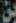
بن